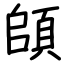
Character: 頧